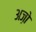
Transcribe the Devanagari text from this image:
अज़ो